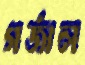
গর্জাল